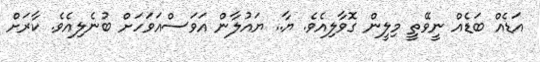
އަޑެއް ބަޑެއް ނީވޭތީ މިލީން ގޮވާލިއެވެ. ޔާ.. ޔައުލާން އަވަސްއަވަހަށް ބުނެލިއެވެ. ކާރަށް